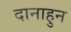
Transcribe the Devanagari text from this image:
दानाहुन